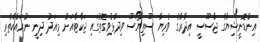
އިންޑޮނީޝިޔާގެ ޖާސޫސީ އިދާރާގެ ވެރިޔާ ސޫތިޔޯސޫ ވިދާޅުވިގޮތުގައި ޖަކާޓާއަށް މިއަދު ދިނީ ނުރައްކާތެރި